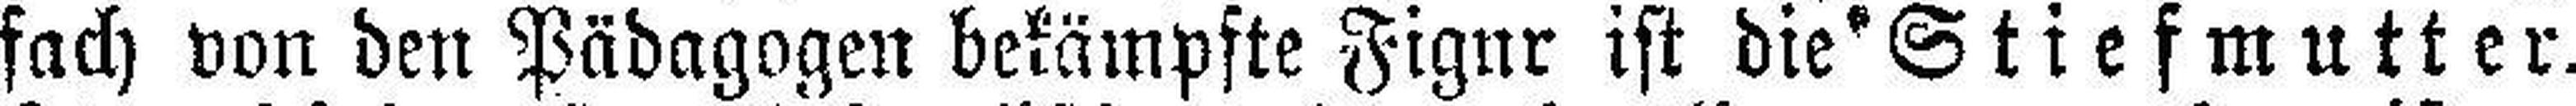
fach von den Pädagogen bekämpfte Figur ist die Stiefmutter.